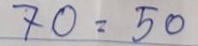
70 = 50